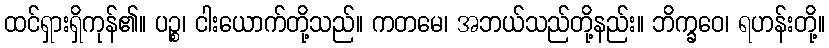
ထင်ရှားရှိကုန်၏။ ပဉ္စ၊ ငါးယောက်တို့သည်။ ကတမေ၊ အဘယ်သည်တို့နည်း။ ဘိက္ခဝေ၊ ရဟန်းတို့။